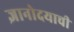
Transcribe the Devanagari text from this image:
ज्ञानोदयाची